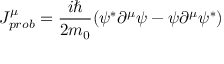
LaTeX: J _ { p r o b } ^ { \mu } = { \frac { i \hbar } { 2 m _ { 0 } } } ( \psi ^ { * } \partial ^ { \mu } \psi - \psi \partial ^ { \mu } \psi ^ { * } )